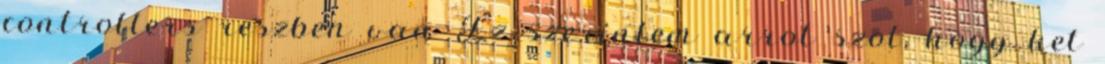
controllers reszben van Ez szerintem arrol szol, hogy ket